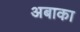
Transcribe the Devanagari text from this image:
अबाका